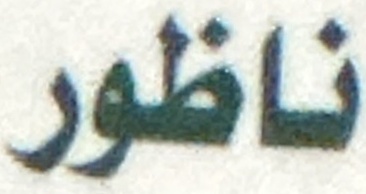
ناظور